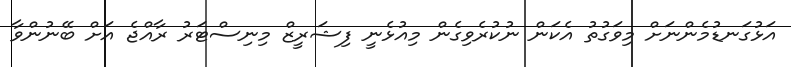
އަޅުގަނޑުމެންނަށް މިވަގުތު އެކަން ނުކުރެވިގެން މިއުޅެނީ ފިޝަރީޒް މިނިސްޓަރު ރާއްޖެ އަށް ބޭނުންވާ